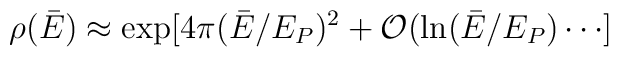
\rho(\bar E) \approx \exp[4\pi (\bar E/E_P)^2+{\cal O}(\ln(\bar E/E_P) \cdots]